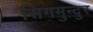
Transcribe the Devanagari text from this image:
सिगमुन्दुर